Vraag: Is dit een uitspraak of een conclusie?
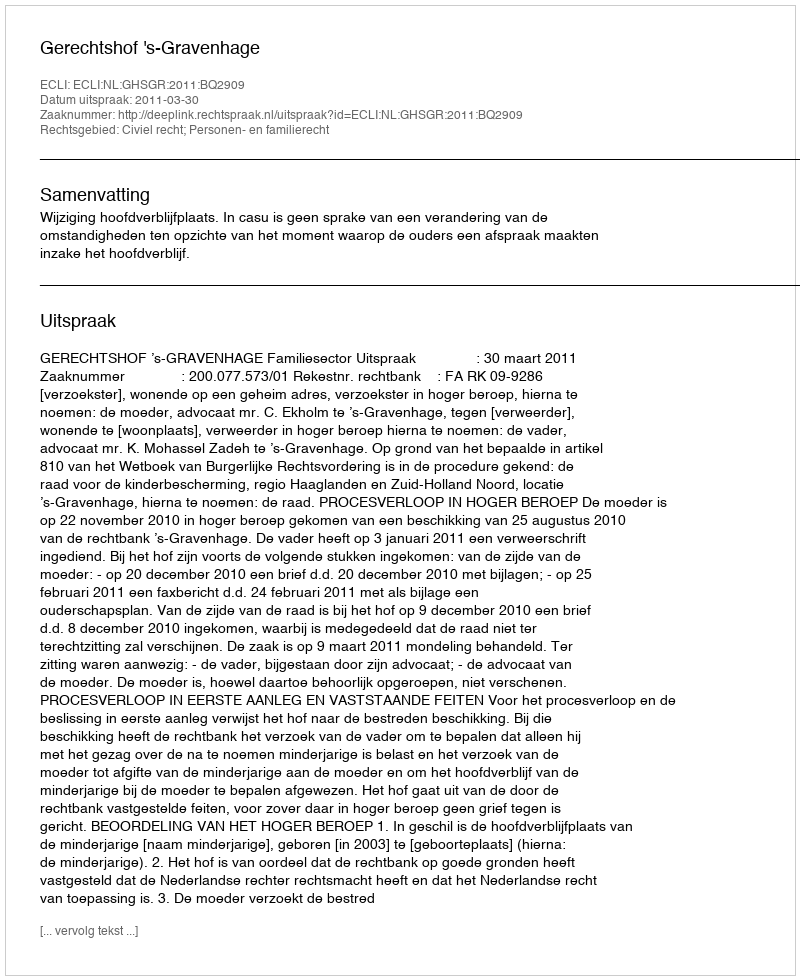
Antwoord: Uitspraak